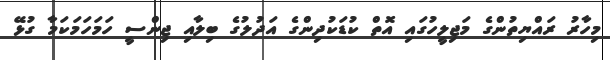
މިހާރު ރައްޔިތުންގެ މަޖިލީހުގައި އޮތް ކުޑަކުދިންގެ އަދުލުގެ ބިލާއި ޖިންސީ ހަމަހަމަކަމާ ގުޅޭ